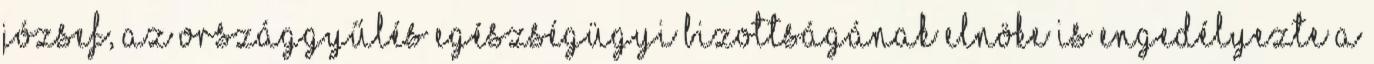
József, az Országgyűlés egészségügyi bizottságának elnöke is engedélyezte a